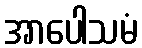
အာပေါသမံ